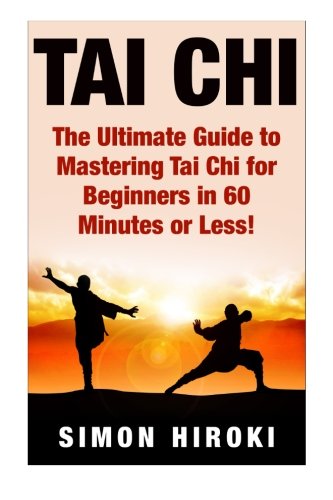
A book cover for Tai Chi: The Ultimate Guide to Mastering Tai Chi for Beginners in 60 Minutes or Less! (Tai Chi - Tai Chi for Beginners - Martial Arts - Fighting Styles - How to Fight - Chakras - Reiki); Simon Hiroki; Religion & Spirituality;